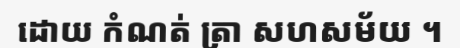
ដោយ កំណត់ ត្រា សហសម័យ ។